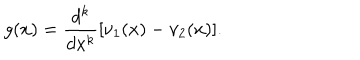
g ( x ) = \frac { d ^ { k } } { d x ^ { k } } [ \nu _ { 1 } ( x ) - \nu _ { 2 } ( x ) ] .